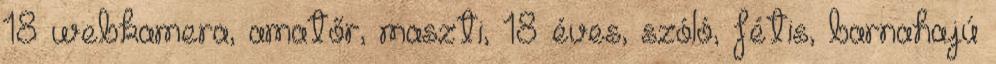
18 webkamera, amatőr, maszti, 18 éves, szóló, fétis, barnahajú